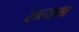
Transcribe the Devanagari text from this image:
सत्यमा